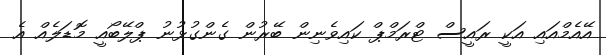
އޭއެމްއައި އަކީ ރައީސް ޓްރަމްޕް ކައިވެނިން ބޭރުން ގެންގުޅުނު ޕްލޭބޯއީ މޮޑަލެއް އެ